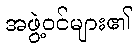
အဖွဲ့ဝင်များ၏